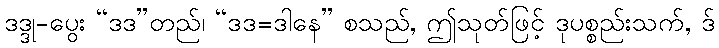
ဒဒ္ဒု-ပွေး “ဒဒ”တည်၊ “ဒဒ=ဒါနေ” စသည်, ဤသုတ်ဖြင့် ဒုပစ္စည်းသက်, ဒ်